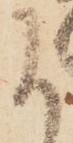
于